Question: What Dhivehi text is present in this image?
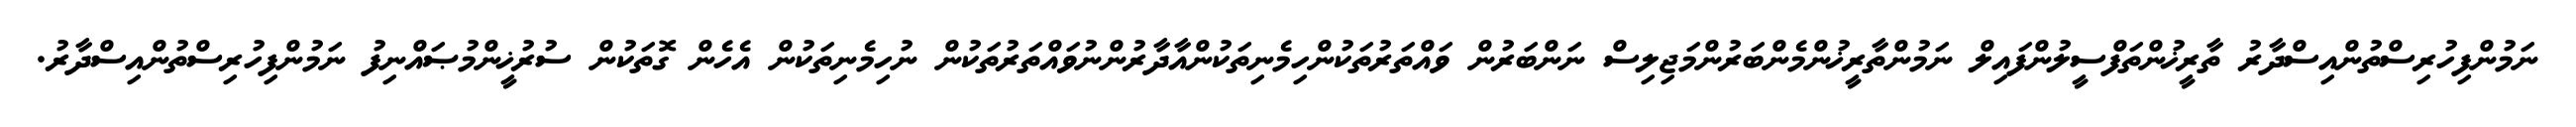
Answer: ނަމުންފިހުރިސްތުންއިސްދާރު ތާރީޚުންތަފްސީލުންފައިލް ނަމުންތާރީޚުންމެންބަރުންމަޖިލިސް ނަންބަރުން ވައްތަރުތަކުންހިމެނިތަކުންއާދާރުންނުވައްތަރުތަކުން ނުހިމެނިތަކުން އެހެން ގޮތަކުން ސުރުޚީންމުޞައްނިފު ނަމުންފިހުރިސްތުންއިސްދާރު.